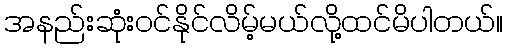
အနည်းဆုံးဝင်နိုင်လိမ့်မယ်လို့ထင်မိပါတယ်။